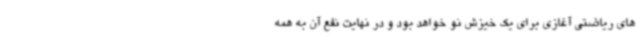
های ریاضتی آغازی برای یک خیزش نو خواهد بود و در نهایت نفع آن به همه